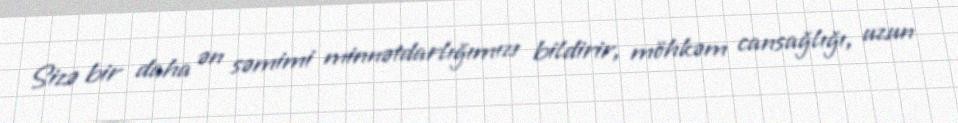
Sizə bir daha ən səmimi minnətdarlığımızı bildirir, möhkəm cansağlığı, uzun